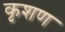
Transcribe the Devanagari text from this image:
कृशण